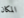
المكان